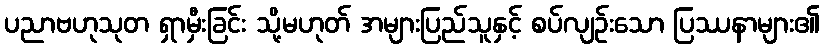
ပညာဗဟုသုတ ရှာမှီးခြင်း သို့မဟုတ် အများပြည်သူနှင့် စပ်လျဉ်းသော ပြဿနာများ၏